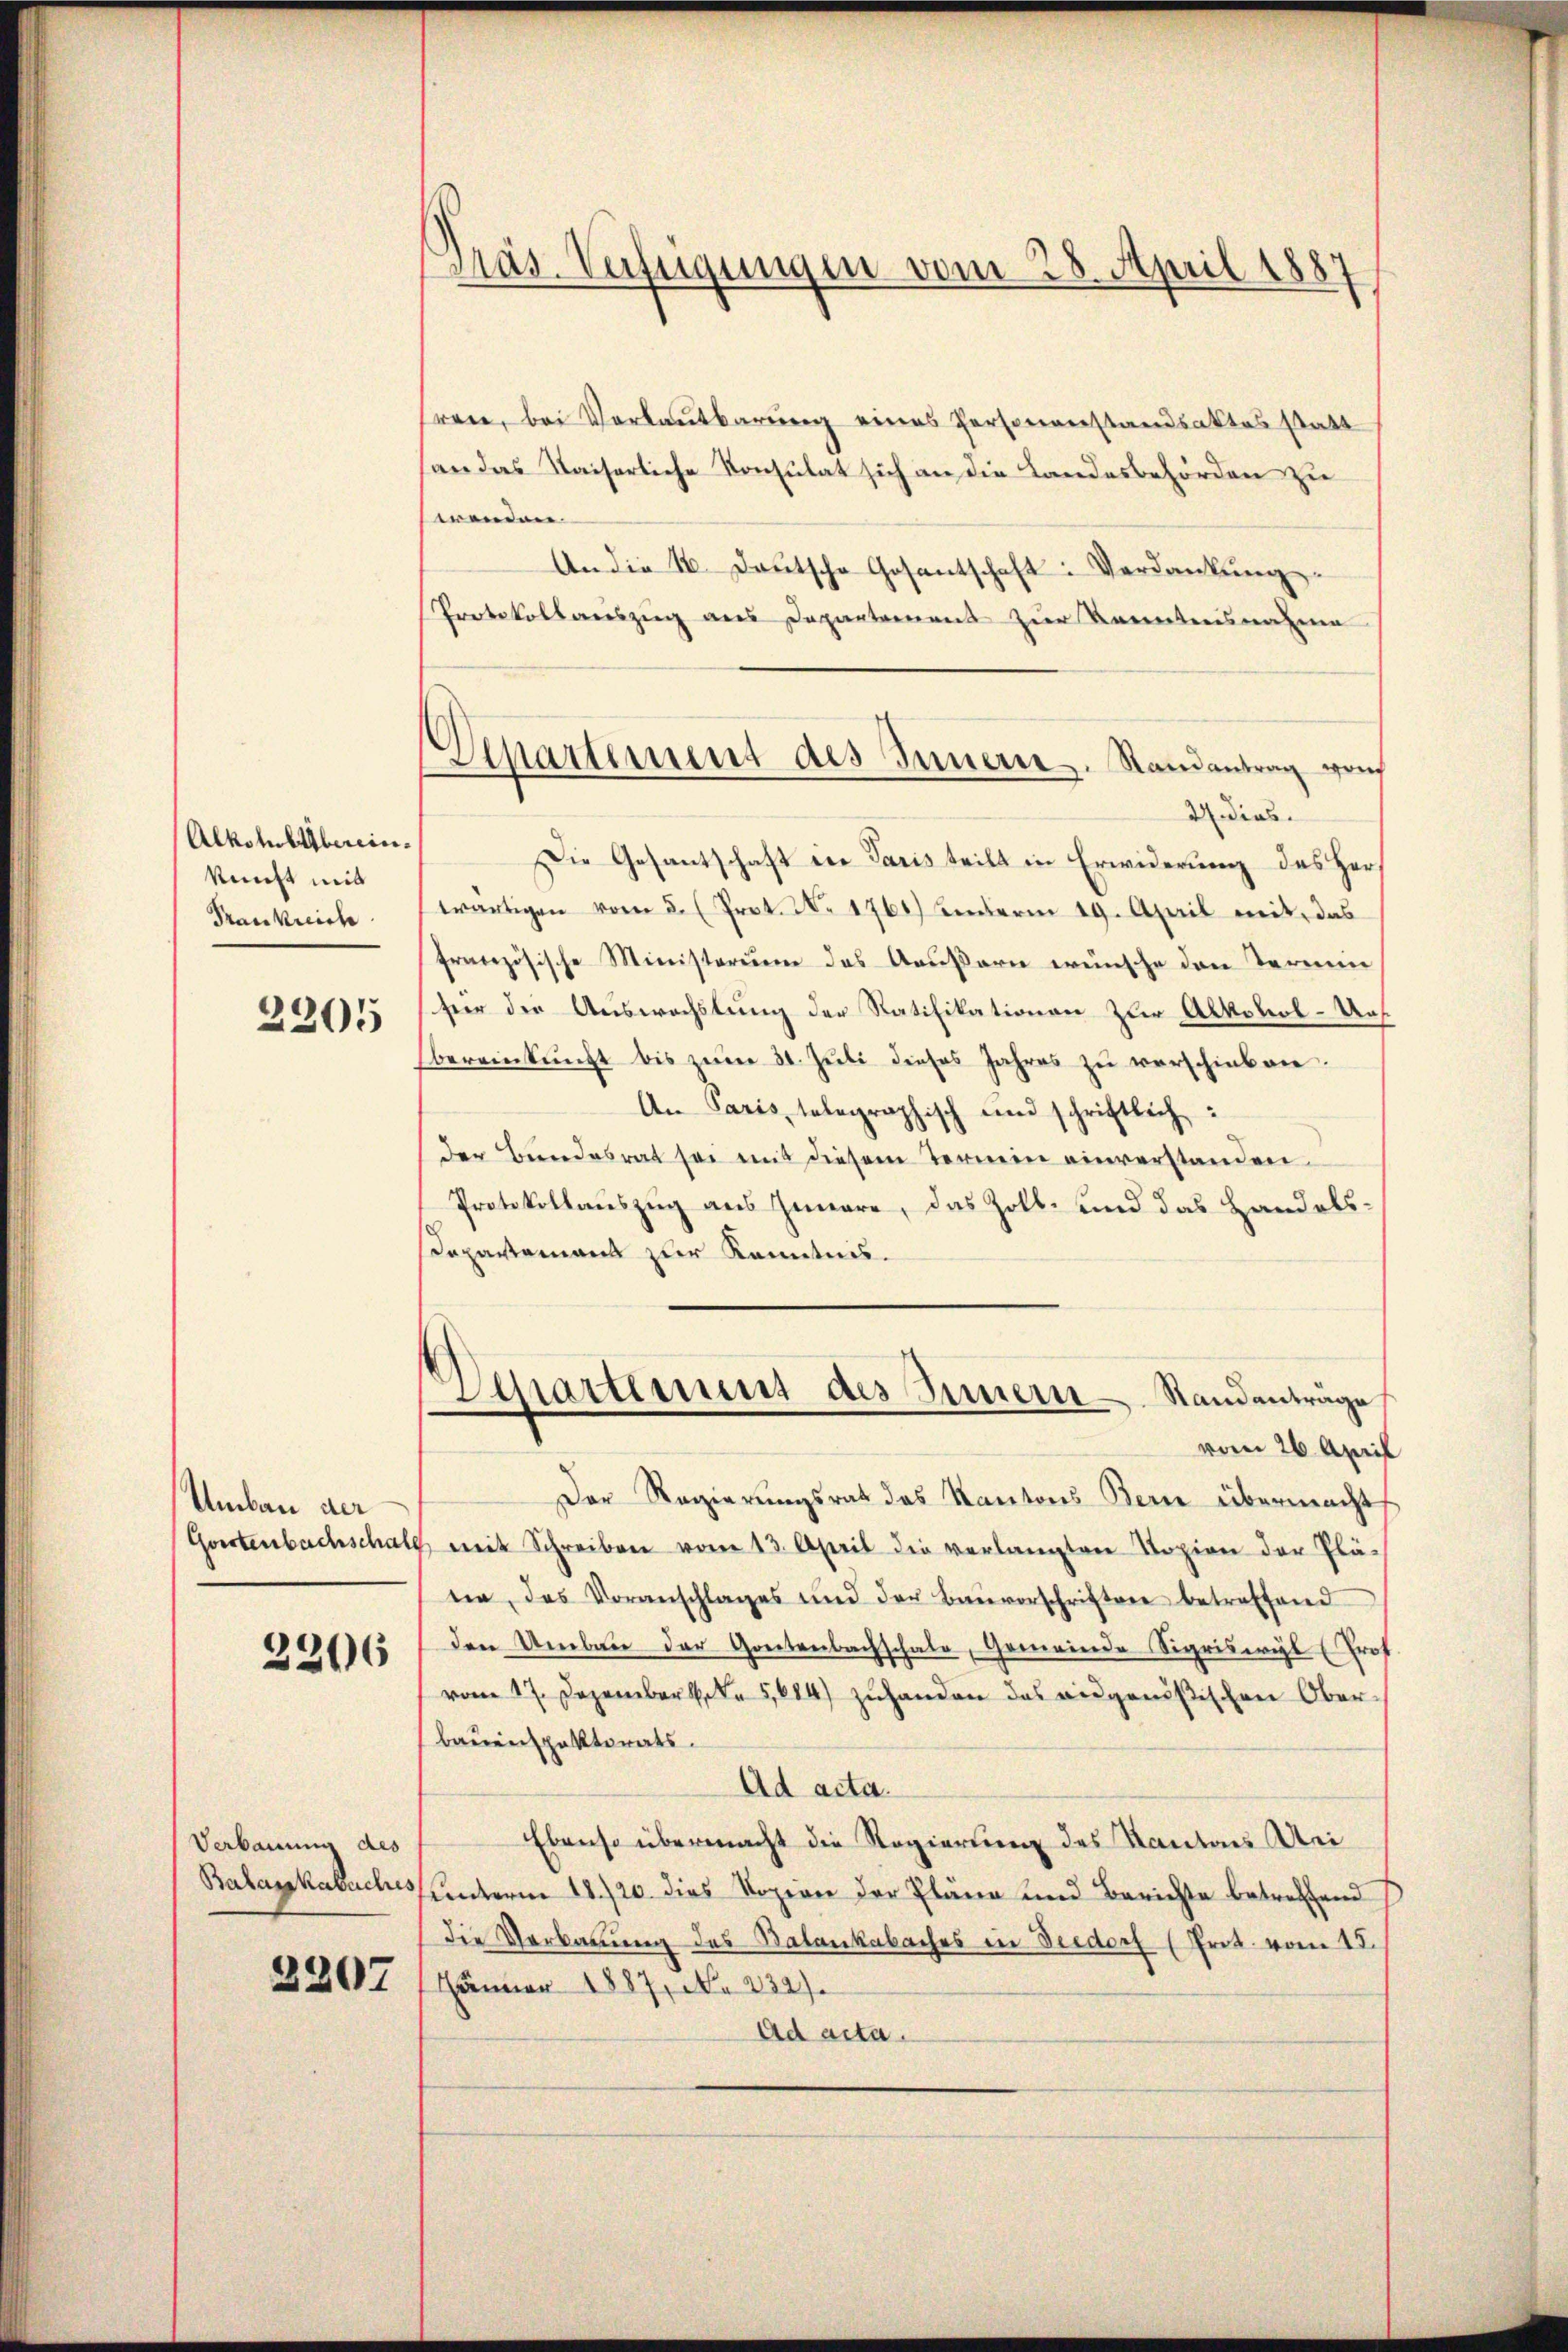
Alkoholiberein-
Reicht mit
Frankreich

2205

Umbau der

2206

Verbauung des

3207

Präs. Verfeigungen vom 28. April 1887

C
Aipartement des Innern. Randantrag weich

srene, bei Verlautbarung eines Personanstandsaktes statt
an das Kaiserliche Konsulat sich an die Landesbehörden zu
wenden
An die 16. Deutsche Gosantschaft: Verdankŭng.
Protokollauszug aus Departement zur Kenntnisnahme
2 dies
Die Gesantschaft in Paris teilt in Erwiderung des Her
wärtigen vom 5. (Prot. Nr. 1761) hinterm 19. April mit, das
französische Ministerium des Aeußern wünsche den Termin
für der Auswechslung der Ratifikationen zur Alkohol-Unsbereinkunft bis zŭm 31. Jŭli dieses Jahres zŭ verschieben.
An Paris, telegraphisch und schriftlich:
der Bundesrat sei mit diesem Termin einverstanden.
Protokollauszug aus Innere, das Zoll- und das Handels¬
Departement zur Kenntnis.
Departement des Innern Standanträge
vom 26. April
Der Regierungsrat des Kantons Bern übermacht
Gontenbachschalf mit Schreiben vom 13. April die verlangten Topion der Plä-
ne, das Voranschlages und der Baŭvorschriften betreffend
den Umbau der Gretenbachschale, Gemeinde Sigriswyl (Prof
vom 17. Dezember 1884 zuhanden das ausgenößischen Oberbauenspektorats.
Ad acta.
Ebenso übermacht die Regierung des Kantons ei
Babasskabuchs unterm 18./20. dies Sozion der Pläne und Berichte betreffend
die Verbauung des Katankabaches in Deedorf (Art. vom 27.
Jänner 1887, No 232).
Ad acta.